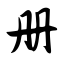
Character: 册